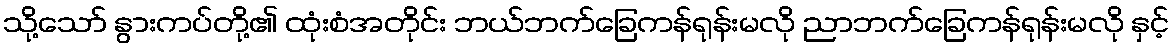
သို့သော် နွားကပ်တို့၏ ထုံးစံအတိုင်း ဘယ်ဘက်ခြေကန်ရုန်းမလို ညာဘက်ခြေကန်ရုန်းမလို နှင့်